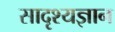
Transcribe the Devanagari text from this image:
सादृश्यज्ञान